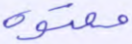
معتوه